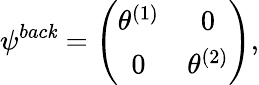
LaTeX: \psi^{bac\mathit{k}}=\left(\begin{array}{cc}{{\theta^{(1)}}}&{{0}}\\ {{0}}&{{\theta^{(2)}}}\end{array}\right),